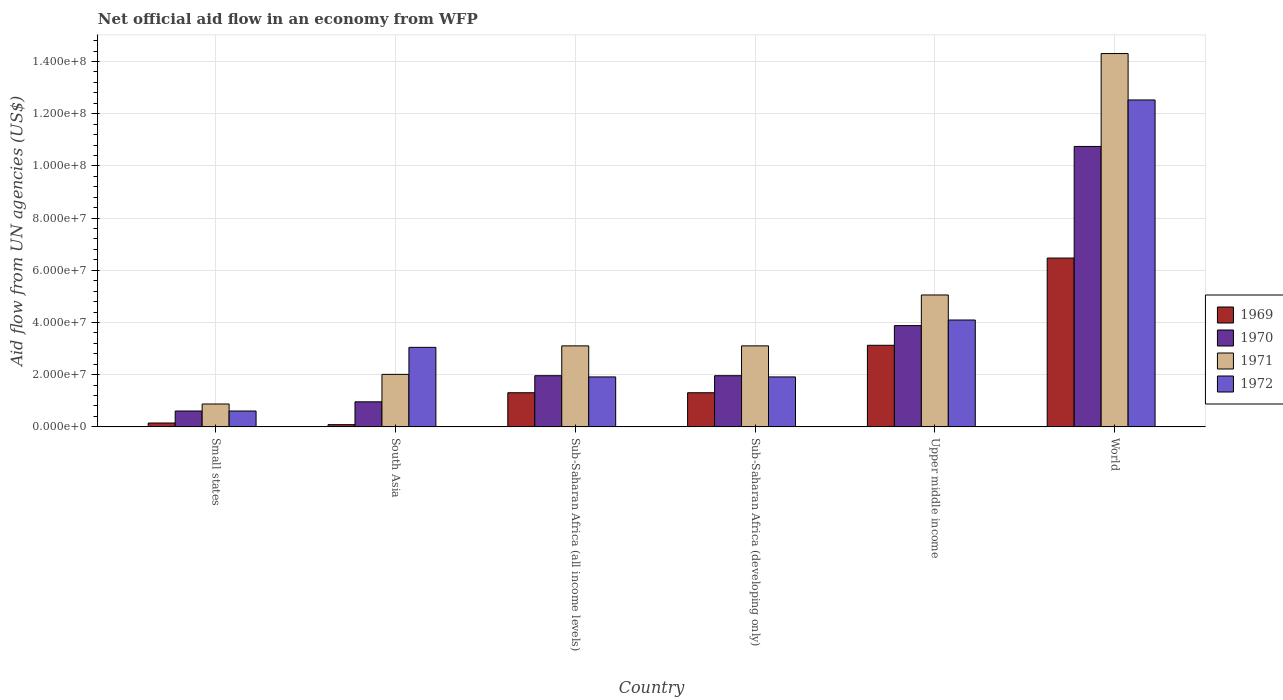
| Country | 1969 | 1970 | 1971 | 1972 |
 | --- | --- | --- | --- | --- |
 | Small states | 1.48e+06 | 6.08e+06 | 8.77e+06 | 6.08e+06 |
 | South Asia | 8.5e+05 | 9.6e+06 | 2.01e+07 | 3.05e+07 |
 | Sub-Saharan Africa (all income levels) | 1.31e+07 | 1.96e+07 | 3.1e+07 | 1.91e+07 |
 | Sub-Saharan Africa (developing only) | 1.31e+07 | 1.96e+07 | 3.1e+07 | 1.91e+07 |
 | Upper middle income | 3.13e+07 | 3.88e+07 | 5.05e+07 | 4.1e+07 |
 | World | 6.47e+07 | 1.07e+08 | 1.43e+08 | 1.25e+08 |